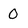
Character: O